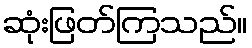
ဆုံးဖြတ်ကြသည်။